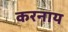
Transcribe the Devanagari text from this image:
करनाय